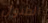
الطبول